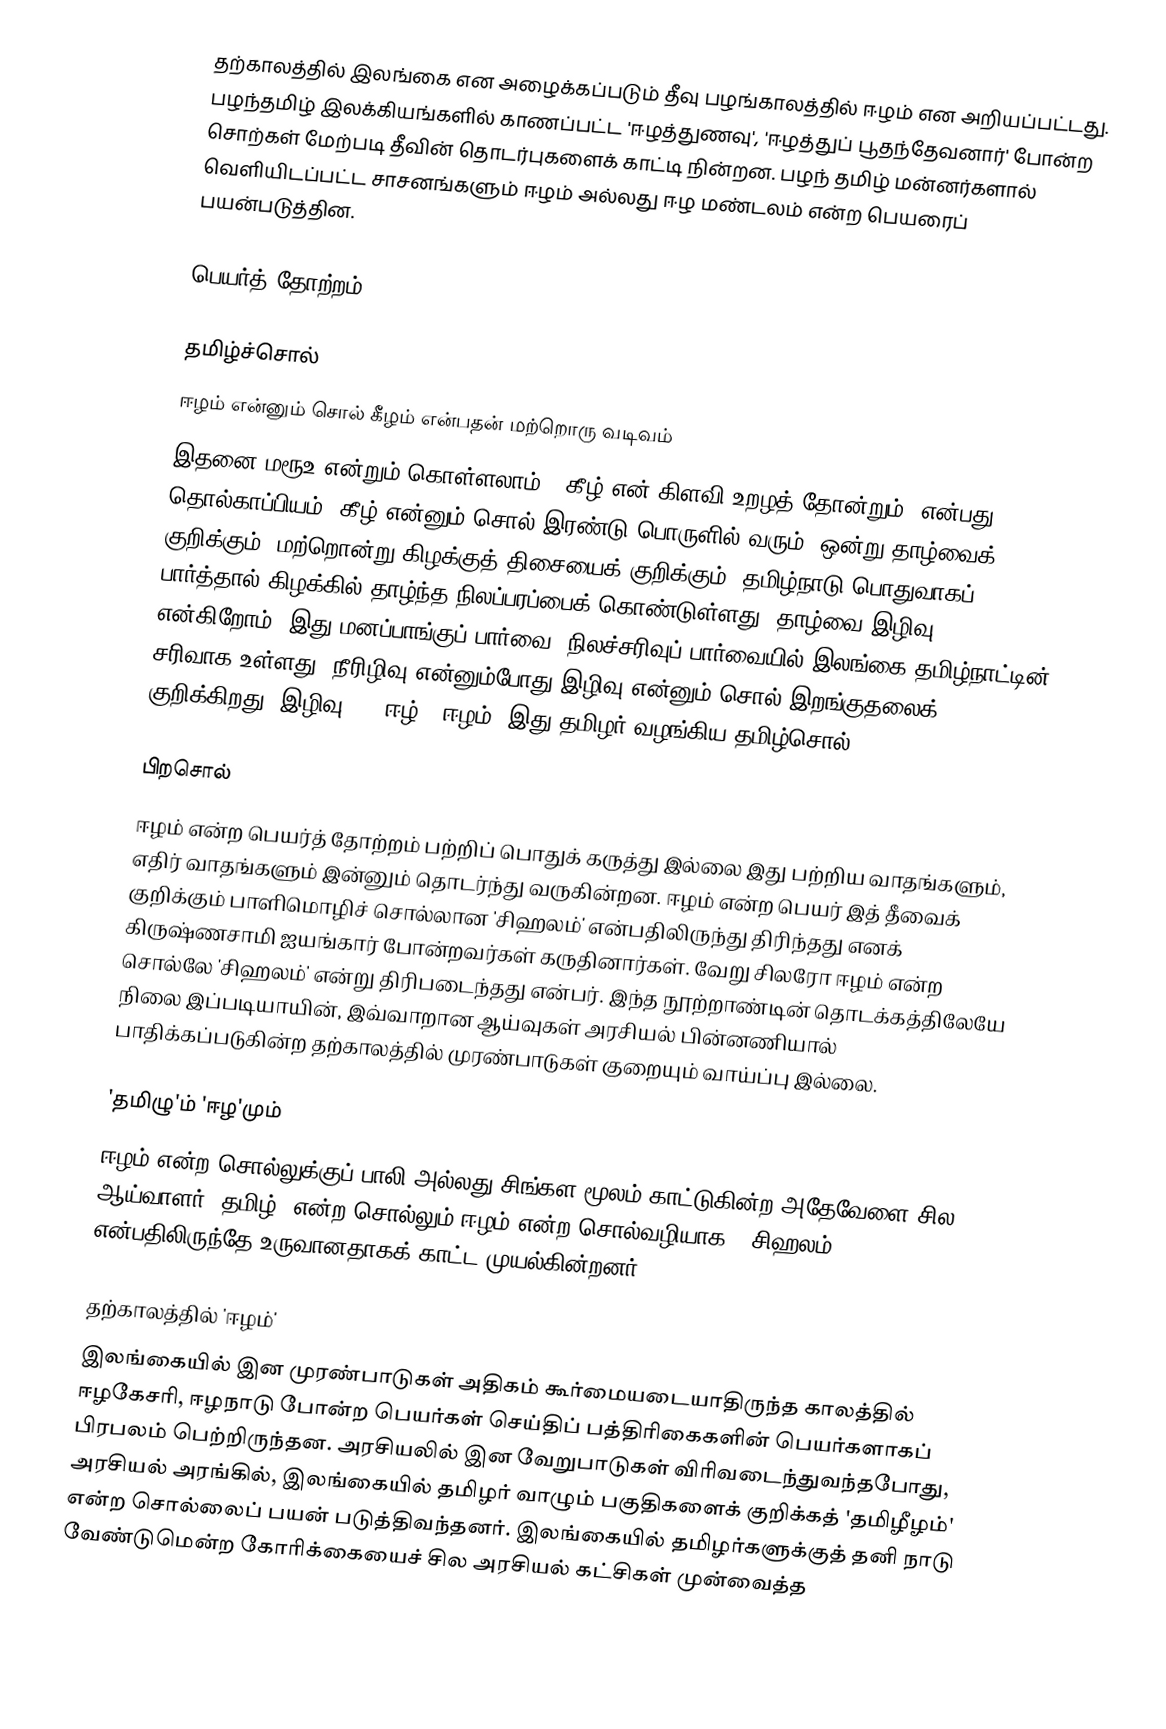
தற்காலத்தில் இலங்கை என அழைக்கப்படும் தீவு பழங்காலத்தில் ஈழம் என அறியப்பட்டது. பழந்தமிழ் இலக்கியங்களில் காணப்பட்ட 'ஈழத்துணவு', 'ஈழத்துப் பூதந்தேவனார்' போன்ற சொற்கள் மேற்படி தீவின் தொடர்புகளைக் காட்டி நின்றன. பழந் தமிழ் மன்னர்களால் வெளியிடப்பட்ட சாசனங்களும் ஈழம் அல்லது ஈழ மண்டலம் என்ற பெயரைப் பயன்படுத்தின.

பெயர்த் தோற்றம்

தமிழ்ச்சொல்
ஈழம் என்னும் சொல் கீழம் என்பதன் மற்றொரு வடிவம்
இதனை மரூஉ என்றும் கொள்ளலாம். “கீழ் என் கிளவி உறழத் தோன்றும்” என்பது தொல்காப்பியம். கீழ் என்னும் சொல் இரண்டு பொருளில் வரும். ஒன்று தாழ்வைக் குறிக்கும். மற்றொன்று கிழக்குத் திசையைக் குறிக்கும். தமிழ்நாடு பொதுவாகப் பார்த்தால் கிழக்கில் தாழ்ந்த நிலப்பரப்பைக் கொண்டுள்ளது. தாழ்வை இழிவு என்கிறோம். இது மனப்பாங்குப் பார்வை. நிலச்சரிவுப் பார்வையில் இலங்கை தமிழ்நாட்டின் சரிவாக உள்ளது. நீரிழிவு என்னும்போது இழிவு என்னும் சொல் இறங்குதலைக் குறிக்கிறது. இழிவு < > ஈழ் < ஈழம். இது தமிழர் வழங்கிய தமிழ்சொல்.

பிறசொல்
ஈழம் என்ற பெயர்த் தோற்றம் பற்றிப் பொதுக் கருத்து இல்லை இது பற்றிய வாதங்களும், எதிர் வாதங்களும் இன்னும் தொடர்ந்து வருகின்றன. ஈழம் என்ற பெயர் இத் தீவைக் குறிக்கும் பாளிமொழிச் சொல்லான 'சிஹலம்' என்பதிலிருந்து திரிந்தது எனக் கிருஷ்ணசாமி ஐயங்கார் போன்றவர்கள் கருதினார்கள். வேறு சிலரோ ஈழம் என்ற சொல்லே 'சிஹலம்' என்று திரிபடைந்தது என்பர். இந்த நூற்றாண்டின் தொடக்கத்திலேயே நிலை இப்படியாயின், இவ்வாறான ஆய்வுகள் அரசியல் பின்னணியால் பாதிக்கப்படுகின்ற தற்காலத்தில் முரண்பாடுகள் குறையும் வாய்ப்பு இல்லை.

'தமிழு'ம் 'ஈழ'மும்
ஈழம் என்ற சொல்லுக்குப் பாலி அல்லது சிங்கள மூலம் காட்டுகின்ற அதேவேளை சில ஆய்வாளர் 'தமிழ்' என்ற சொல்லும் ஈழம் என்ற சொல்வழியாக, 'சிஹலம்' என்பதிலிருந்தே உருவானதாகக் காட்ட முயல்கின்றனர்.

தற்காலத்தில் 'ஈழம்'
இலங்கையில் இன முரண்பாடுகள் அதிகம் கூர்மையடையாதிருந்த காலத்தில் ஈழகேசரி, ஈழநாடு போன்ற பெயர்கள் செய்திப் பத்திரிகைகளின் பெயர்களாகப் பிரபலம் பெற்றிருந்தன. அரசியலில் இன வேறுபாடுகள் விரிவடைந்துவந்தபோது, அரசியல் அரங்கில், இலங்கையில் தமிழர் வாழும் பகுதிகளைக் குறிக்கத் 'தமிழீழம்' என்ற சொல்லைப் பயன் படுத்திவந்தனர். இலங்கையில் தமிழர்களுக்குத் தனி நாடு வேண்டுமென்ற கோரிக்கையைச் சில அரசியல் கட்சிகள் முன்வைத்த